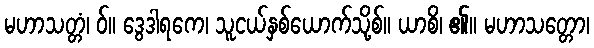
မဟာသတ္တံ၊ ဝ်။ ဒွေဒါရကေ၊ သူငယ်နှစ်ယောက်သို့စ်။ ယာစိ၊ ၏။ မဟာသတ္တော၊